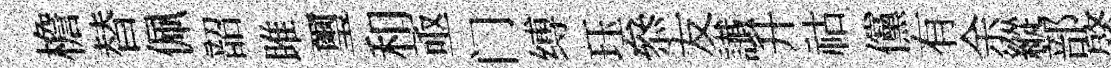
檐替佩韶雎璽和亟门缚珏叅友䜟升祜儻有余縱部綮